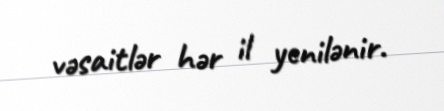
vəsaitlər hər il yenilənir.